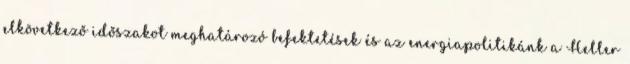
elkövetkező időszakot meghatározó befektetések és az energiapolitikánk a Heller